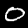
Digit: 0